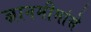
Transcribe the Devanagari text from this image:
ज्ञानमीमांसे